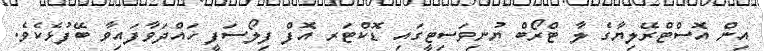
އިން އޮސްޓްރޭލިޔާގެ ލާ ޓްރޯބް ޔުނިވަސިޓީގައި ޑޮކްޓަރ އޮފް ފިލޯސަފީ ހައްދަވާފައިވާ ބޭފުޅެކެވެ.